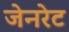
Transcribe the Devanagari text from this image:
जेनरेट